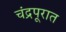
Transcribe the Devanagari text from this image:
चंद्रपूरात